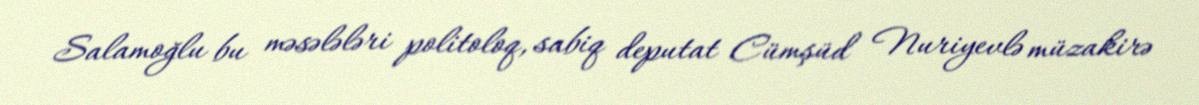
Salamoğlu bu məsələləri politoloq, sabiq deputat Cümşüd Nuriyevlə müzakirə